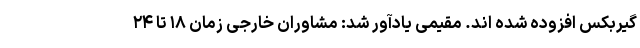
گیربکس افزوده شده اند. مقیمی یادآور شد: مشاوران خارجی زمان ۱۸ تا ۲۴